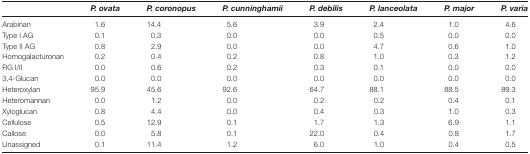
|  | P. ovata | P. coronopus | P. cunninghamii | P. debilis | P. lanceolata | P. major | P. varia |
 | --- | --- | --- | --- | --- | --- | --- | --- |
 | Arabinan | 1.6 | 14.4 | 5.6 | 3.9 | 2.4 | 1.0 | 4.6 |
 | Type I AG | 0.1 | 0.3 | 0.0 | 0.0 | 0.5 | 0.0 | 0.0 |
 | Type II AG | 0.8 | 2.9 | 0.0 | 0.0 | 4.7 | 0.6 | 1.0 |
 | Homogalacturonan | 0.2 | 0.4 | 0.2 | 0.8 | 1.0 | 0.3 | 1.2 |
 | RG I/II | 0.0 | 0.6 | 0.2 | 0.3 | 0.1 | 0.0 | 0.0 |
 | 3,4-Glucan | 0.0 | 0.0 | 0.0 | 0.0 | 0.0 | 0.0 | 0.0 |
 | Heteroxylan | 95.9 | 45.6 | 92.6 | 64.7 | 88.1 | 88.5 | 89.3 |
 | Heteromannan | 0.0 | 1.2 | 0.0 | 0.2 | 0.2 | 0.4 | 0.1 |
 | Xyloglucan | 0.8 | 4.4 | 0.0 | 0.4 | 0.3 | 1.0 | 0.3 |
 | Cellulose | 0.5 | 12.9 | 0.1 | 1.7 | 1.3 | 6.9 | 1.1 |
 | Callose | 0.0 | 5.8 | 0.1 | 22.0 | 0.4 | 0.8 | 1.7 |
 | Unassigned | 0.1 | 11.4 | 1.2 | 6.0 | 1.0 | 0.4 | 0.5 |